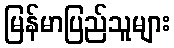
မြန်မာပြည်သူများ